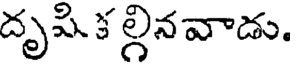
దృషి క ల్గినవాడు.